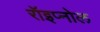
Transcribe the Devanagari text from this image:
रॉइप्नोल